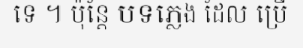
ទេ ។ ប៉ុន្តែ បទភ្លេង ដែល ប្រើ